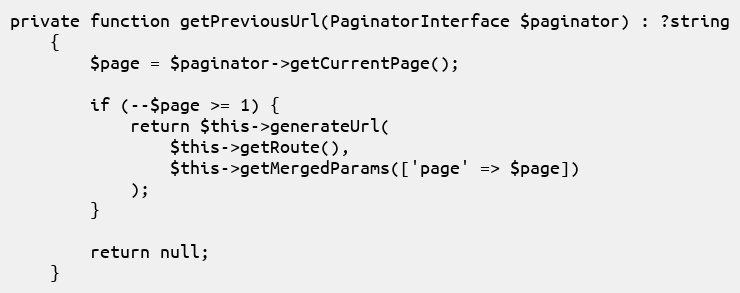
Language: PHP
private function getPreviousUrl(PaginatorInterface $paginator) : ?string
    {
        $page = $paginator->getCurrentPage();

        if (--$page >= 1) {
            return $this->generateUrl(
                $this->getRoute(),
                $this->getMergedParams(['page' => $page])
            );
        }

        return null;
    }